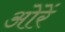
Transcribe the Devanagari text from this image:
ओरें